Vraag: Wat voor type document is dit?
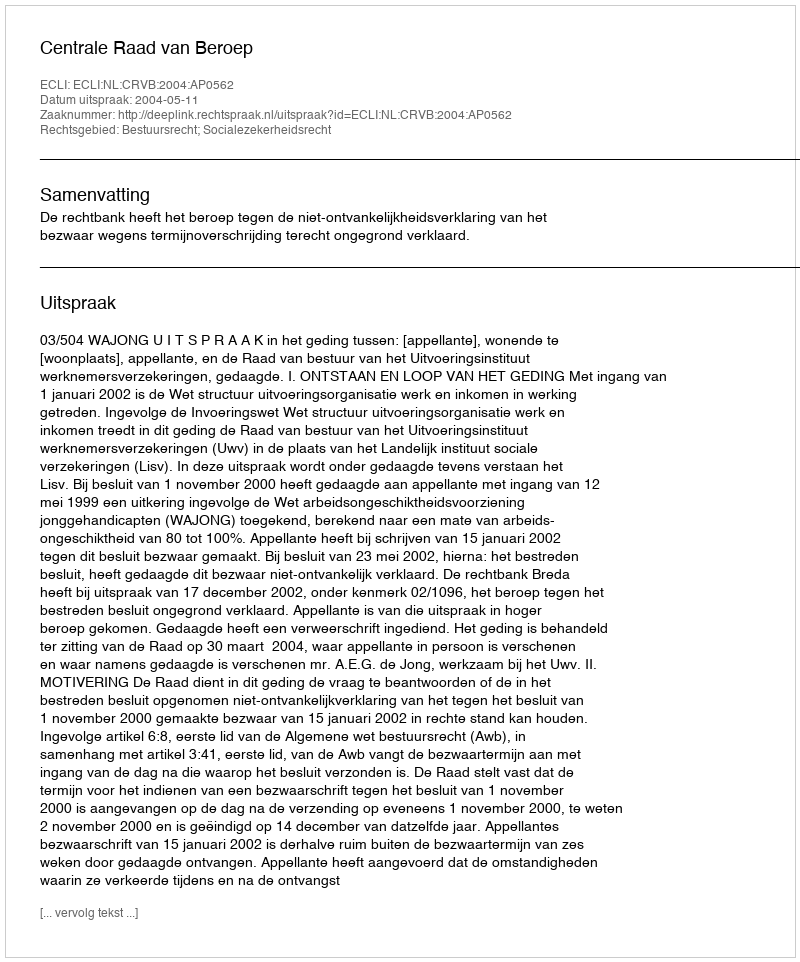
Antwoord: Uitspraak